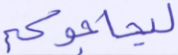
ليحاجوكم